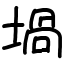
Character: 堝